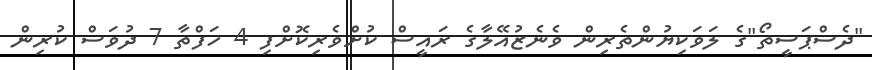
"ދެސްޕަސީތޯ"ގެ ލަވަކިޔުންތެރިން ވެނެޒުއޭލާގެ ރައީސް ކުށްވެރިކޮށްފި 4 ހަފްތާ 7 ދުވަސް ކުރިން